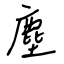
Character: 塵